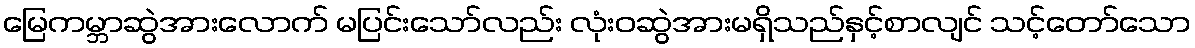
မြေကမ္ဘာဆွဲအားလောက် မပြင်းသော်လည်း လုံးဝဆွဲအားမရှိသည်နှင့်စာလျင် သင့်တော်သော